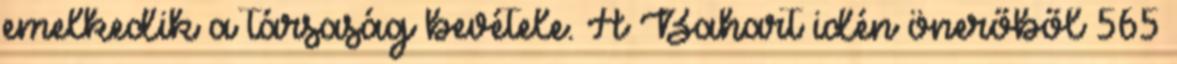
emelkedik a társaság bevétele. A Bahart idén önerőből 565